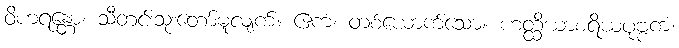
ဝိဟရန္တော၊ သီတင်းသုံးတော်မူလျက်။ ဧကံ၊ တစ်ယောက်သော။ ဟတ္ထိယာစရိယပုဗ္ဗကံ၊